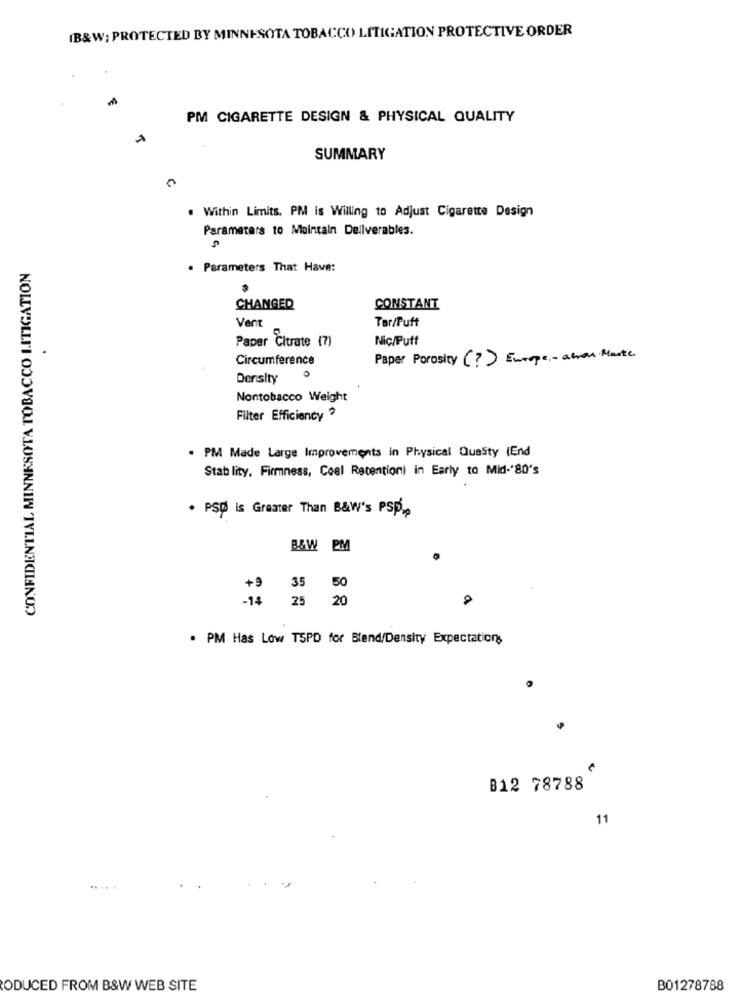
(B&W; PROTECTED BY MINNESOTA TOBACCO LITIGATION PROTECTIVE ORDER
PM CIGARETTE DESIGN & PHYSICAL QUALITY
SUMMARY
. Within Limits, PM is Willing to Adjust Cigarette Design
Parameters to Maintain Deliverables.
CONFIDENTIAL MINNESOTA TOBACCO LITIGATION
. Parameters That Have:
CHANGED
CONSTANT
Vent
Tar/Puff
Paper Citrate (7)
Nic/Putt
Circumference
Paper Porosity (?) Europe - atron Marte
Density
Nontobacco Weight
Filter Efficiency
. PM Made Large Improvements in Physical Quasty (End
Stab lity. Firmness, Coal Retention) in Early to Mid-'80's
. PSD is Greater Than B&W's PSP,
B&W PM
35
50
-14 25 2
. PM Has Low TSPD for Blend/Density Expectations
B12 78788
11
ODUCED FROM B&W WEB SITE
B01278788